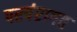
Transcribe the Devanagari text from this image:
परपंरागत